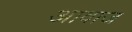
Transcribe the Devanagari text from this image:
अावाज